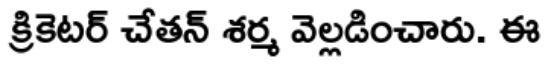
క్రికెటర్ చేతన్ శర్మ వెల్లడించారు. ఈ